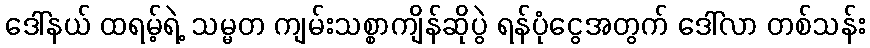
ဒေါ်နယ် ထရမ့်ရဲ့ သမ္မတ ကျမ်းသစ္စာကျိန်ဆိုပွဲ ရန်ပုံငွေအတွက် ဒေါ်လာ တစ်သန်း